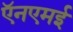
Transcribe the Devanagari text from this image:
ऍनएमई